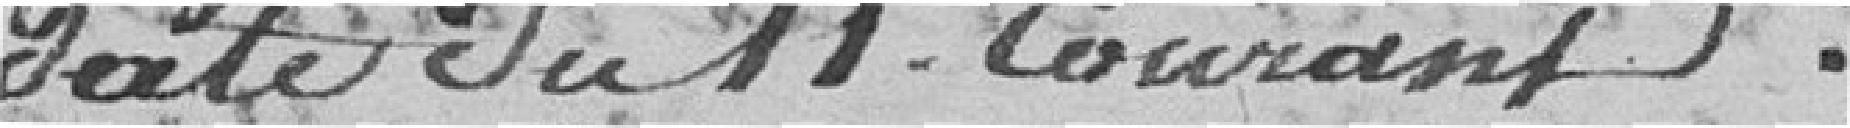
date du 11 courant.